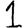
Digit: 1